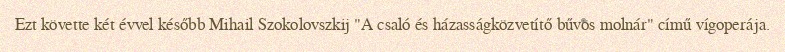
Ezt követte két évvel később Mihail Szokolovszkij "A csaló és házasságközvetítő bűvös molnár" című vígoperája.